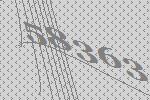
58363